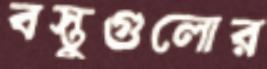
বস্তুগুলোর